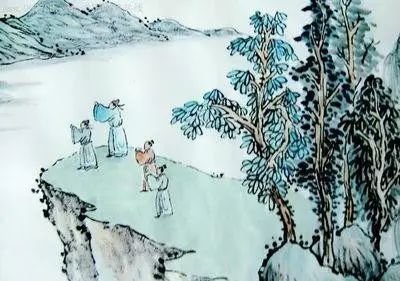
投宿骎骎征骑，飞雪满孤村。